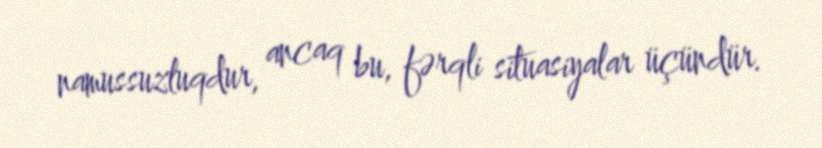
namussuzluqdur, ancaq bu, fərqli situasiyalar üçündür.